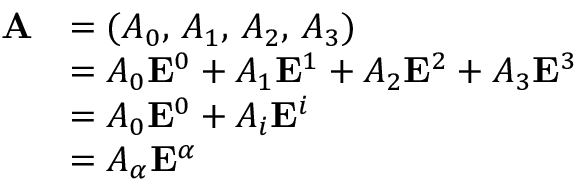
{ \begin{array} { r l } { \mathbf { A } } & { = ( A _ { 0 } , \, A _ { 1 } , \, A _ { 2 } , \, A _ { 3 } ) } \\ & { = A _ { 0 } \mathbf { E } ^ { 0 } + A _ { 1 } \mathbf { E } ^ { 1 } + A _ { 2 } \mathbf { E } ^ { 2 } + A _ { 3 } \mathbf { E } ^ { 3 } } \\ & { = A _ { 0 } \mathbf { E } ^ { 0 } + A _ { i } \mathbf { E } ^ { i } } \\ & { = A _ { \alpha } \mathbf { E } ^ { \alpha } } \end{array} }